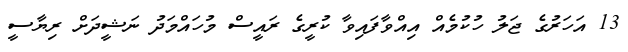
13 އަހަރުގެ ޖަލު ހުކުމެއް އިއްވާފައިވާ ކުރީގެ ރައީސް މުހައްމަދު ނަޝީދަށް ރިޔާސީ